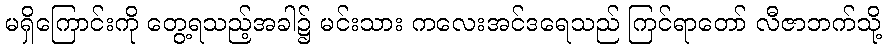
မရှိကြောင်းကို တွေ့ရသည့်အခါ၌ မင်းသား ကလေးအင်ဒရေသည် ကြင်ရာတော် လီဇာဘက်သို့